Civil Veterinary Dept. North-West Frontier Province 1901-22 - 1901-1922
Year: 1901
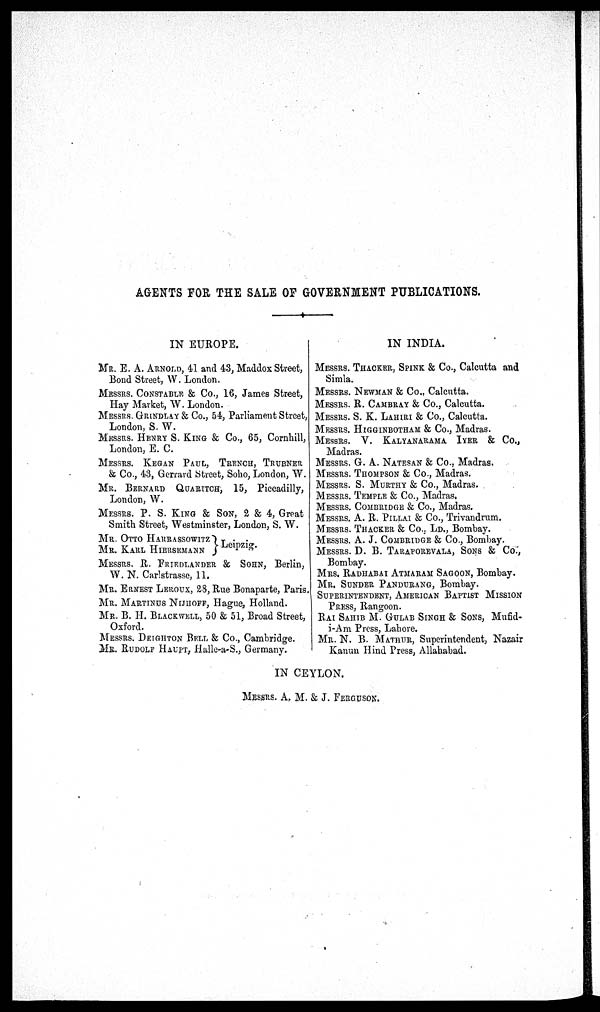
AGENTS FOR THE SALE OF GOVERNMENT PUBLICATIONS.
IN EUROPE.
MR. E. A. ARNOLD, 41 and 43, Maddox Street,
Bond Street, W. London.
MESSRS. CONSTABLE & Co., 16, James Street,
Hay Market, W. London.
MESSRS. GRINDLAY & Co., 54, Parliament Street,
London, S. W.
MESSRS. HENRY S. KING & Co., 65, Cornhill,
London, E. C.
MESSRS. KEGAN PAUL, TRENCH, TRUBNER
& Co., 43, Gerrard Street, Soho, London, W.
MR. BERNARD QUARITCH, 15, Piccadilly,
London, W.
MESSRS. P. S. KING & SON, 2 & 4, Great
Smith Street, Westminster, London, S. W.
MR. OTTO HARRASSOWITZ
MR. KARL HIERSEMANN
Leipzig.
MESSRS. R. FRIEDLANDER & SOHN, Berlin,
W. N. Carlstrasse, 11.
MR. ERNEST LEROUX, 28, Rue Bonaparte, Paris,
MR. MARTINUS NIJHOFF, Hague, Holland.
MR. B. H. BLACKWELL, 50 & 51, Broad Street,
Oxford.
MESSRS. DEIGHTON BELL & Co., Cambridge.
MR. RUDOLF HAUPT, Halle-a-S., Germany.
IN INDIA.
MESSRS. THACKER, SPINK & Co., Calcutta and
Simla.
MESSRS. NEWMAN & Co., Calcutta.
MESSRS. R. CAMBRAY & Co., Calcutta.
MESSRS. S. K. LAHIRI & Co., Calcutta.
MESSRS. HIGGINBOTHAM & Co., Madras.
MESSRS. V. KALYANARAMA IYER & Co.,
Madras.
MESSRS. G. A. NATESAN & Co., Madras.
MESSRS. THOMPSON & Co., Madras.
MESSRS. S. MURTHY & Co., Madras.
MESSRS. TEMPLE & Co., Madras.
MESSRS. COMBRIDGE & Co., Madras.
MESSRS. A. R. PILLAI & Co., Trivandrum.
MESSRS. THACKER & Co., LD., Bombay.
MESSRS. A. J. COMBRIDGE & Co., Bombay.
MESSRS. D. B. TARAPOREVALA, SONS & Co.,
Bombay.
MRS. RADHABAI ATMARAM SAGOON, Bombay.
MR. SUNDER PANDURANG, Bombay.
SUPERINTENDENT, AMERICAN BAPTIST MISSION
PRESS, Rangoon.
RAI SAHIB M. GULAB SINGH & SONS, Mufid¬
i-Am Press, Lahore.
MR. N. B. MATHUR, Superintendent, Nazair
Kanun Hind Press, Allahabad.
IN CEYLON.
MESSRS. A. M. & J. FERGUSON.